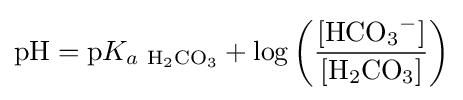
{\ce {pH}}={\textrm {p}}K_{a~{\ce {H_2CO_3}}}+\log \left({\frac {[{\ce {HCO_3^-}}]}{[{\ce {H_2CO_3}}]}}\right)